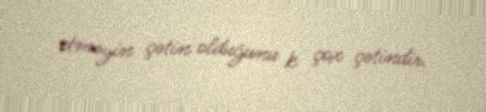
etməyin çətin olduğunu k çox çətindir.